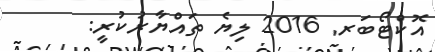
އޮކްޓޯބަރ